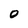
Character: 0